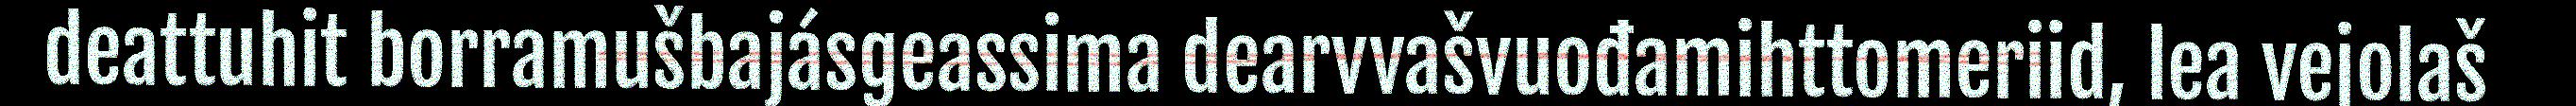
deattuhit borramušbajásgeassima dearvvašvuođamihttomeriid, lea vejolaš